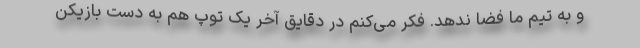
و به تیم ما فضا ندهد. فکر می‌کنم در دقایق آخر یک توپ هم به دست بازیکن